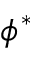
\phi ^ { * }